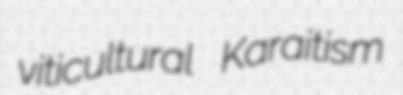
viticultural Karaitism